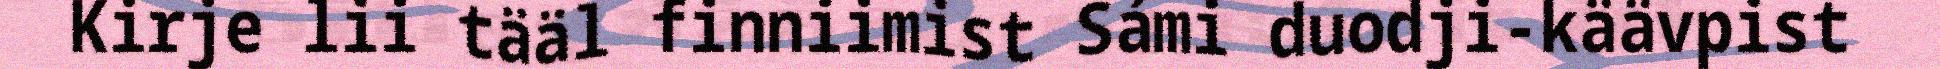
Kirje lii tääl finniimist Sámi duodji-käävpist